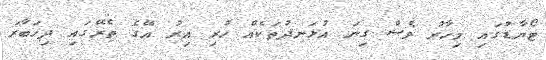
ޓޯޔާޑުގައި މިހާރު ވެސް ގިނަ އުޅަނދުތަކެއް ހުރި އިރު އޭގެ ތެރޭގައި ދިހަބާރަ